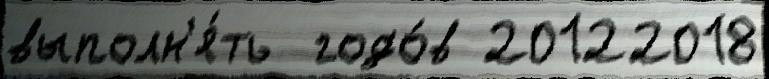
выполн'я́ть  годо́в 20122018